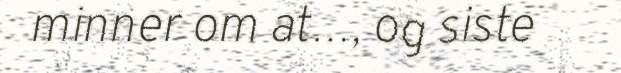
minner om at…, og siste